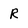
Character: R